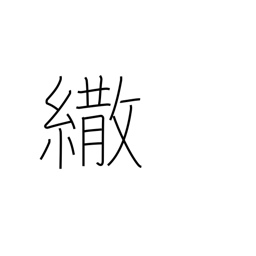
Meaning: parasol